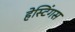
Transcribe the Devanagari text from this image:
हेस्टिंगस